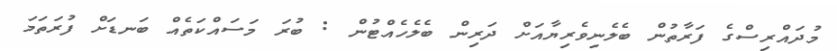
މުދައްރިސްގެ ފަރާތުން ބެލެނިވެރިޔާއަށް ދަރިން ބެލެހެއްޓުން : ބުރަ މަސައްކަތެއް ބަނޑަށް ފުރަތަމަ